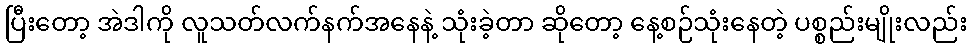
ပြီးတော့ အဲဒါကို လူသတ်လက်နက်အနေနဲ့ သုံးခဲ့တာ ဆိုတော့ နေ့စဉ်သုံးနေတဲ့ ပစ္စည်းမျိုးလည်း